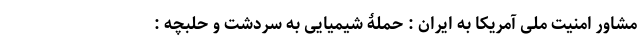
مشاور امنیت ملی آمریکا به ایران : حملۀ شیمیایی به سردشت و حلبچه :